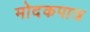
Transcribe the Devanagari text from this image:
मोदकपात्र